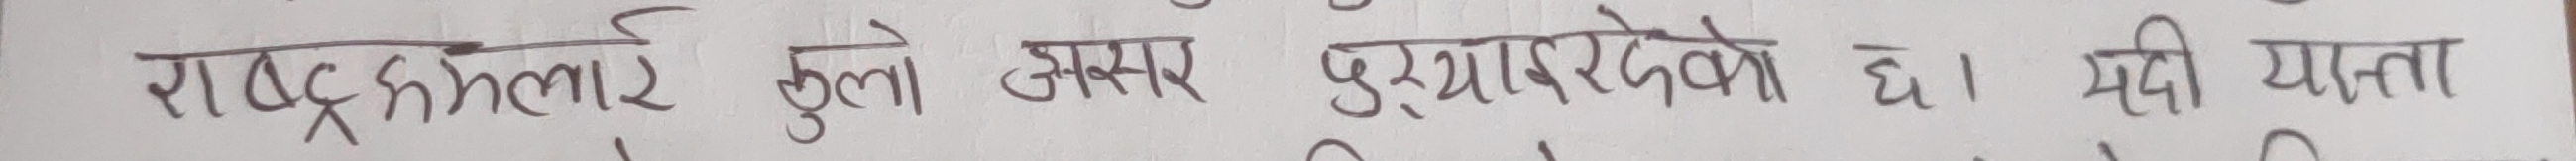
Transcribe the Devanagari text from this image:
राष्ट्रमहिलाई ठुलो असर पुऱ्याउदैको छ। सिदी यात्रा